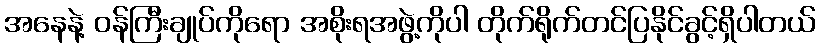
အနေနဲ့ ဝန်ကြီးချုပ်ကိုရော အစိုးရအဖွဲ့ကိုပါ တိုက်ရိုက်တင်ပြနိုင်ခွင့်ရှိပါတယ်